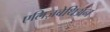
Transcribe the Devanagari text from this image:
एलिज़बेथिअन